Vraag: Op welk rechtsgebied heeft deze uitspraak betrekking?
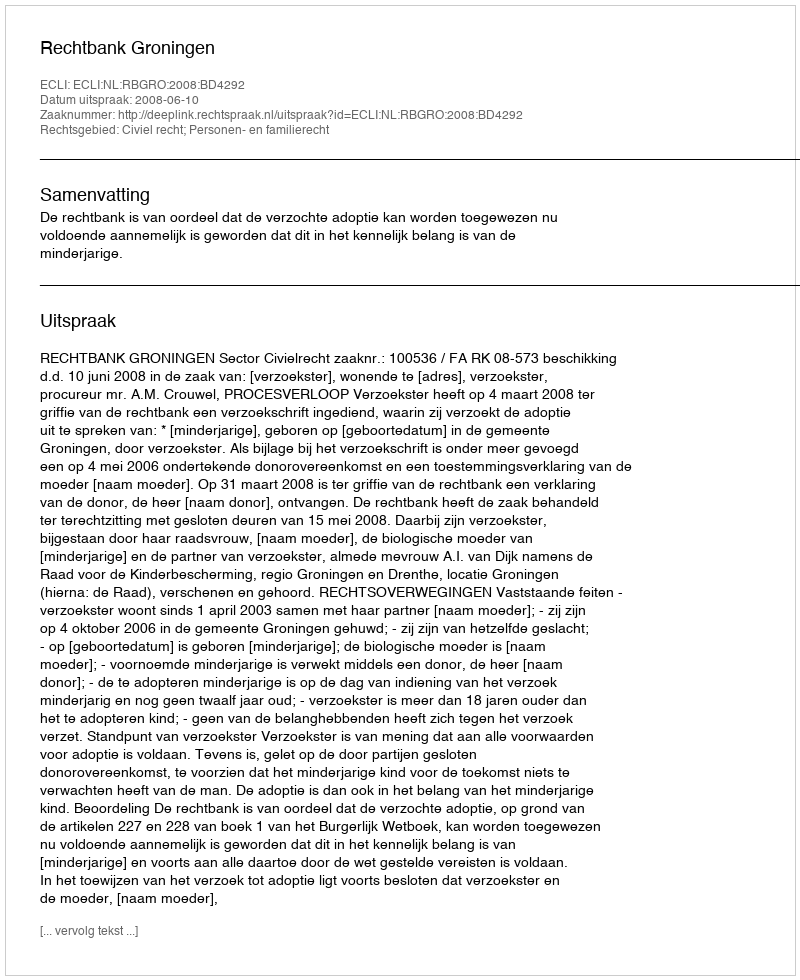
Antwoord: Civiel recht; Personen- en familierecht